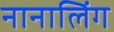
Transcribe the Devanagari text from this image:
नानालिंग